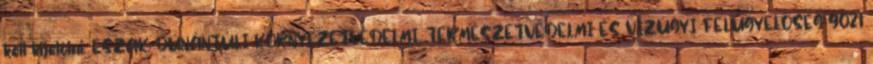
kell kijelölni. ÉSZAK-DUNÁNTÚLI KÖRNYEZETVÉDELMI, TERMÉSZETVÉDELMI ÉS VÍZÜGYI FELÜGYELŐSÉG 9021